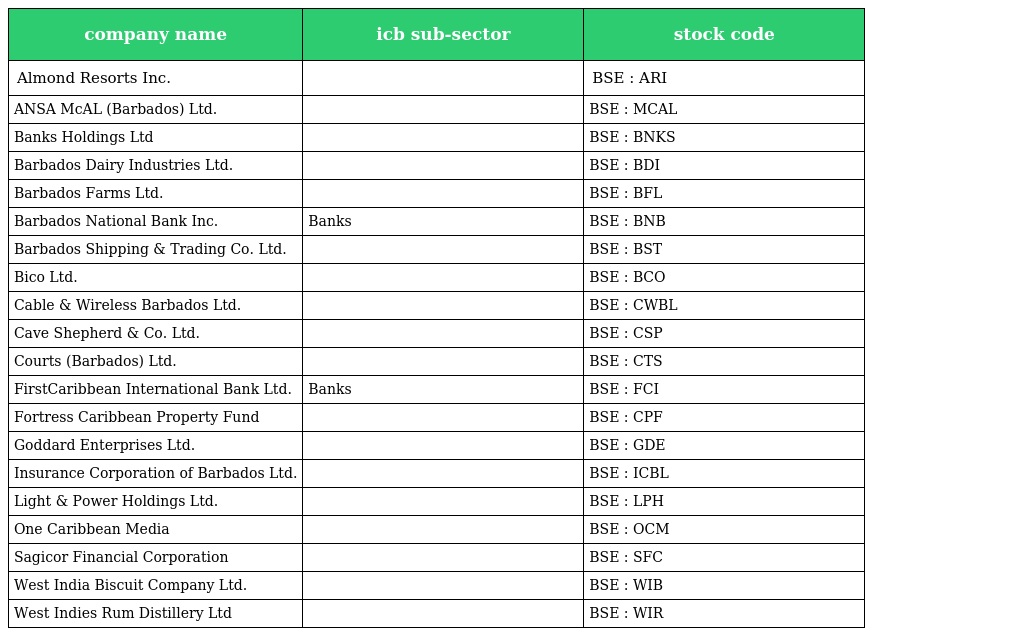
| company name | icb sub-sector | stock code |
 | --- | --- | --- |
 | Almond Resorts Inc. |  | BSE : ARI |
 | ANSA McAL (Barbados) Ltd. |  | BSE : MCAL |
 | Banks Holdings Ltd |  | BSE : BNKS |
 | Barbados Dairy Industries Ltd. |  | BSE : BDI |
 | Barbados Farms Ltd. |  | BSE : BFL |
 | Barbados National Bank Inc. | Banks | BSE : BNB |
 | Barbados Shipping & Trading Co. Ltd. |  | BSE : BST |
 | Bico Ltd. |  | BSE : BCO |
 | Cable & Wireless Barbados Ltd. |  | BSE : CWBL |
 | Cave Shepherd & Co. Ltd. |  | BSE : CSP |
 | Courts (Barbados) Ltd. |  | BSE : CTS |
 | FirstCaribbean International Bank Ltd. | Banks | BSE : FCI |
 | Fortress Caribbean Property Fund |  | BSE : CPF |
 | Goddard Enterprises Ltd. |  | BSE : GDE |
 | Insurance Corporation of Barbados Ltd. |  | BSE : ICBL |
 | Light & Power Holdings Ltd. |  | BSE : LPH |
 | One Caribbean Media |  | BSE : OCM |
 | Sagicor Financial Corporation |  | BSE : SFC |
 | West India Biscuit Company Ltd. |  | BSE : WIB |
 | West Indies Rum Distillery Ltd |  | BSE : WIR |